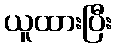
ယူထားပြီး